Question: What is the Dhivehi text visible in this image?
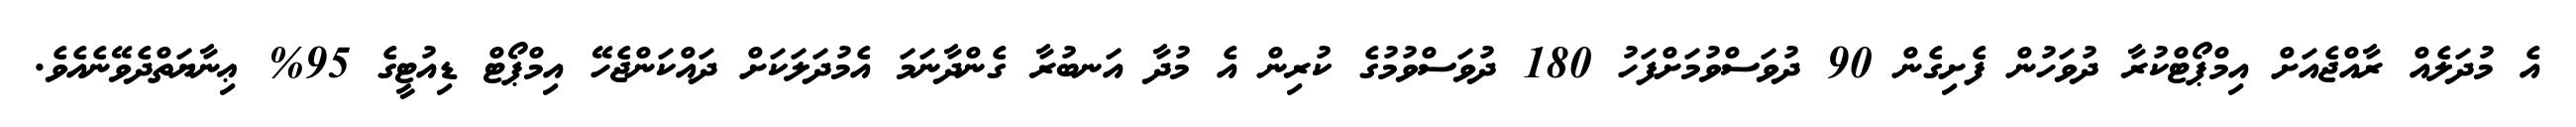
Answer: އެ މުދަލެއް ރާއްޖެއަށް އިމްޕޯޓްކުރާ ދުވަހުން ފެށިގެން 90 ދުވަސްވުމަށްފަހު 180 ދުވަސްވުމުގެ ކުރިން އެ މުދާ އަނބުރާ ގެންދާނަމަ އެމުދަލަކަށް ދައްކަންޖެހޭ އިމްޕޯޓް ޑިއުޓީގެ 95% ޢިނާޔަތްދެވޭނެއެވެ.